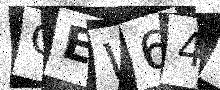
Text: CEW649